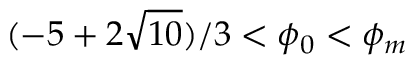
( - 5 + 2 \sqrt { 1 0 } ) / 3 < \phi _ { 0 } < \phi _ { m }